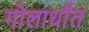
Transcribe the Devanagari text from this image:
गोलार्धांत